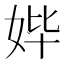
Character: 𰋾